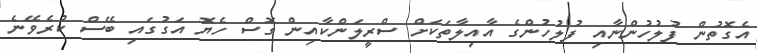
އެގޮތުން ފުލުހުންނާއި ފުލުހުންގެ އާއިލާތަކަށް ސްރީލަންކާއިން ގޮސް ހެޔޮ އަގުގައި ބޭސް ކުރެވޭނެ